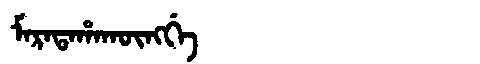
Manchu: ᠮᠠᡵᠠᡨᠠᡥᠠᡴᡡᠩᡤᡝ
Romanization: MARATAHAKŪNGGE